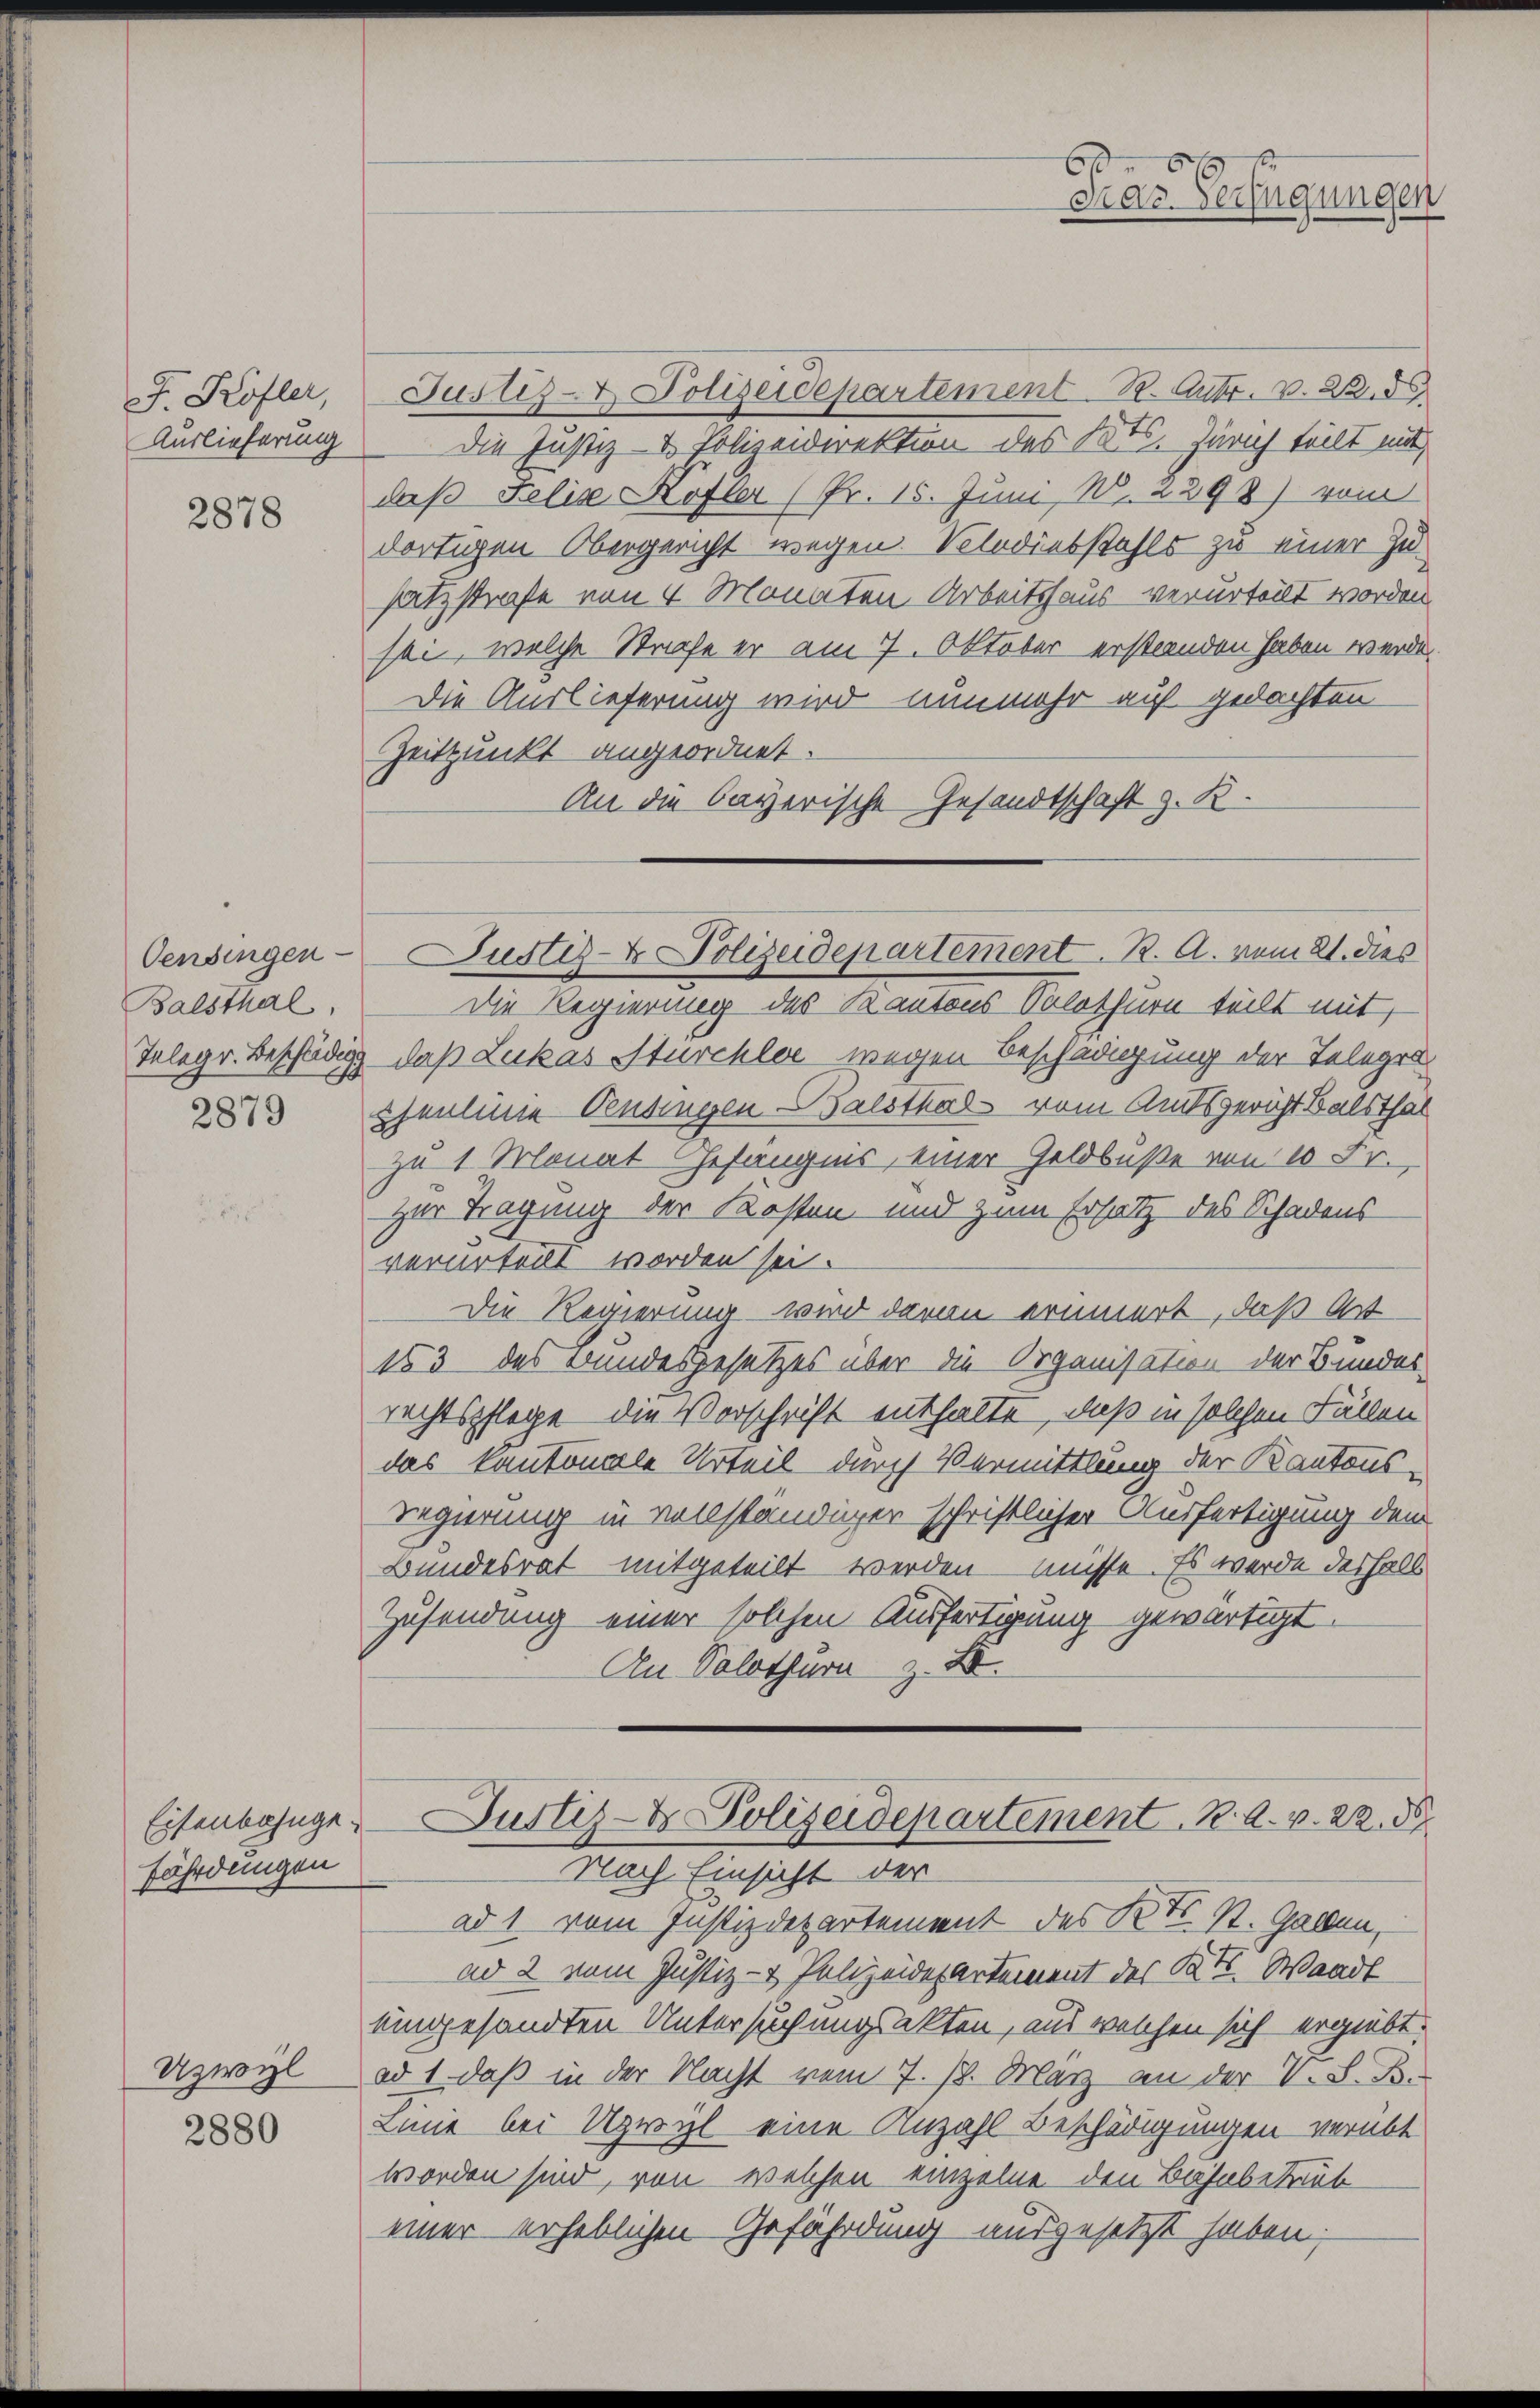
J. Kofler,
Auslieferung

2878

Oensingen
Balsthal,

2879

fährdungen

Uzwyl
2880

Justiz- & Polizeidepartement. 1. Antr. v. 28. 56
Die Justiz- & Polizeidirektion des Kts. Zürich teilt mit
daß Felix Kofler (Pr. 15. Juni, N. 2298) vom
dortigen Obergericht wegen. Vindiebstahls zu einer Zusatzstrafe von 4 Monaten Arbeitshaus verurteilt worden.
sei, welche Strafe er am 7. Oktober erstaenden haben werde.
Die Auslieferung wird nunmehr auf gedachten
Zeitpunkt angeordnet.
An die bayerische Gesandtschaft z. B.

Die Regierung des Kantons Solothurn teilt mit,
Telegr. Beschädigg, daß Lukas Sturchler wegen Beschädigung der Telegra
sheneine Pensingen Halsthal vom Amtsgericht Balsthal
zu 1 Monat Gefängnis, einer Geldbuße von 10 Fr.
zur Tragung der Kosten und zum Ersatz des Schadens
verurteilt worden sei.
Die Regierung wird davon erinnert, daß Art
153 des Bundesgesetzes über die Organisation der Bundes
rechtspflege die Vorschrift enthalte, daß in solchen Fällen
das kantonale Urteil durch Vermittlung der Kantons¬
Regierung in vollständiger schriftlicher Ausfertigung dem
Bundesrat mitgeteilt werden müsse. Es werde deshalb
Zusendung einer solchen Ausfertigung gewärtigt.
An Solothurn z. B.

6
Das Verfügungen

Justiz- & Polizeidepartement. K. A. vom 21. dies

Eisenbahnger Justiz- & Polizeidepartement. B. A. v. 22. 58

Nach Einsicht der
ad 1. vom Justizdepartement des Kts. St. Gaben,
ad 2 vom Justiz- & Polizeidepartement des Kt. Waadt
umgesandten Untersuchungsakten, aus welchen sich ergiebt.
ad 1, daß in der Nacht vom 7. 18. März an der V. L. Be
Linie bei Uzwyl eine Anzahl Beschädigungen verübt
worden sind, von welchen einzelne den Bahnbetrieb
einer erheblichen Gefährdung ausgesetzt haben;